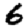
Digit: 6